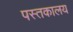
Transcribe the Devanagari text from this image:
पस्तकालय